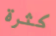
كثرة